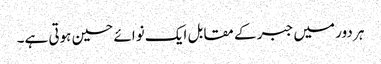
ہر دور میں جبر کے مقابل ایک نوائے حسین ہوتی ہے۔